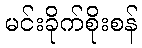
မင်းခိုက်စိုးစန်